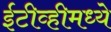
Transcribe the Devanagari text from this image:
ईटीव्हीमध्ये